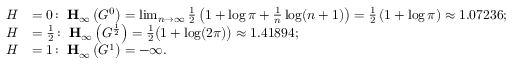
\begin{array} { r l } { H } & { = 0 \colon \; \mathbf H _ { \infty } \left( G ^ { 0 } \right) = \operatorname* { l i m } _ { n \to \infty } \frac 1 2 \left( 1 + \log \pi + \frac 1 n \log ( n + 1 ) \right) = \frac 1 2 \left( 1 + \log \pi \right) \approx 1 . 0 7 2 3 6 ; } \\ { H } & { = \frac 1 2 \colon \; \mathbf H _ { \infty } \left( G ^ { \frac 1 2 } \right) = \frac 1 2 \bigl ( 1 + \log ( 2 \pi ) \bigr ) \approx 1 . 4 1 8 9 4 ; } \\ { H } & { = 1 \colon \; \mathbf H _ { \infty } \left( G ^ { 1 } \right) = - \infty . } \end{array}